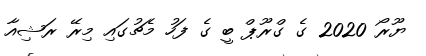
ޔޫރޯ 2020 ގެ ގްރޫޕް ބީ ގެ ފަހު މެޗުގައި މިރޭ ރަޝިއާ